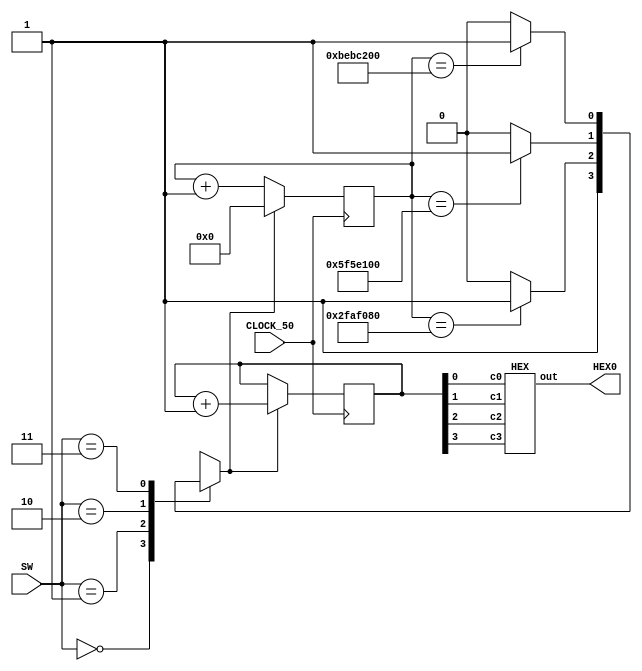
module lab5p2(SW,CLOCK_50,HEX0);
input [1:0]SW;
input CLOCK_50;
output [6:0]HEX0;
wire enable;
wire [3:0]h;
reg [27:0]count1;
reg [3:0]count2;                                                                      
wire [1:0]speed;
reg enable1;

assign speed={SW[1],SW[0]};
//count1
always@(posedge CLOCK_50)
begin 
if(enable)
count1<=28'd0;
else 
count1<=count1+1'b1;
end
 


always@(speed)
begin
case(speed[1:0])
2'b00:enable1=1'b1;
2'b01:enable1=(count1==28'd50000000)?1'b1:1'b0;
2'b10:enable1=(count1==28'd100000000)?1'b1:1'b0;
2'b11:enable1=(count1==28'd200000000)?1'b1:1'b0;
endcase
end

assign enable=enable1;


//count2
always@(posedge CLOCK_50)
begin
if(enable)
count2<=count2+1'b1;
end

assign h=count2;
HEX h0(
.c3(h[3]),
.c2(h[2]),
.c1(h[1]),
.c0(h[0]),
.out(HEX0)
);

endmodule

module HEX(c3,c2,c1,c0,out);
input c3,c2,c1,c0;
output [6:0]out;
assign out[0]=~((c3|c2|c1|~c0)&(c3|~c2|c1|c0)&(~c3|c2|~c1|~c0)&(~c3|~c2|c1|~c0));
assign out[1]=~((c3|~c2|~c1|c0)&(c3|~c2|c1|~c0)&(~c3|c2|~c1|~c0)&(~c3|~c2|c1|c0)&(~c3|~c2|~c1|c0)&(~c3|~c2|~c1|~c0));
assign out[2]=~((c3|c2|~c1|c0)&(~c3|~c2|c1|c0)&(~c3|~c2|~c1|c0)&(~c3|~c2|~c1|~c0));
assign out[3]=~((c3|c2|c1|~c0)&(c3|~c2|c1|c0)&(c3|~c2|~c1|~c0)&(~c3|c2|c1|~c0)&(~c3|c2|~c1|c0)&(~c3|~c2|~c1|~c0));
assign out[4]=~((c3|c2|c1|~c0)&(c3|c2|~c1|~c0)&(c3|~c2|c1|c0)&(c3|~c2|c1|~c0)&(c3|~c2|~c1|~c0)&(~c3|c2|c1|~c0));
assign out[5]=~((c3|c2|c1|~c0)&(c3|c2|~c1|c0)&(c3|c2|~c1|~c0)&(c3|~c2|~c1|~c0)&(~c3|~c2|c1|~c0));
assign out[6]=~((c3|c2|c1|c0)&(c3|c2|c1|~c0)&(c3|~c2|~c1|~c0)&(~c3|~c2|c1|c0));
endmodule